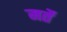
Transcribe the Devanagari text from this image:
मर्ते